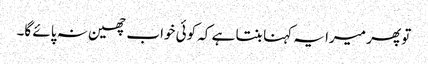
تو پھر میرا یہ کہنا بنتا ہے کہ کوئی خواب چھین نہ پائے گا۔